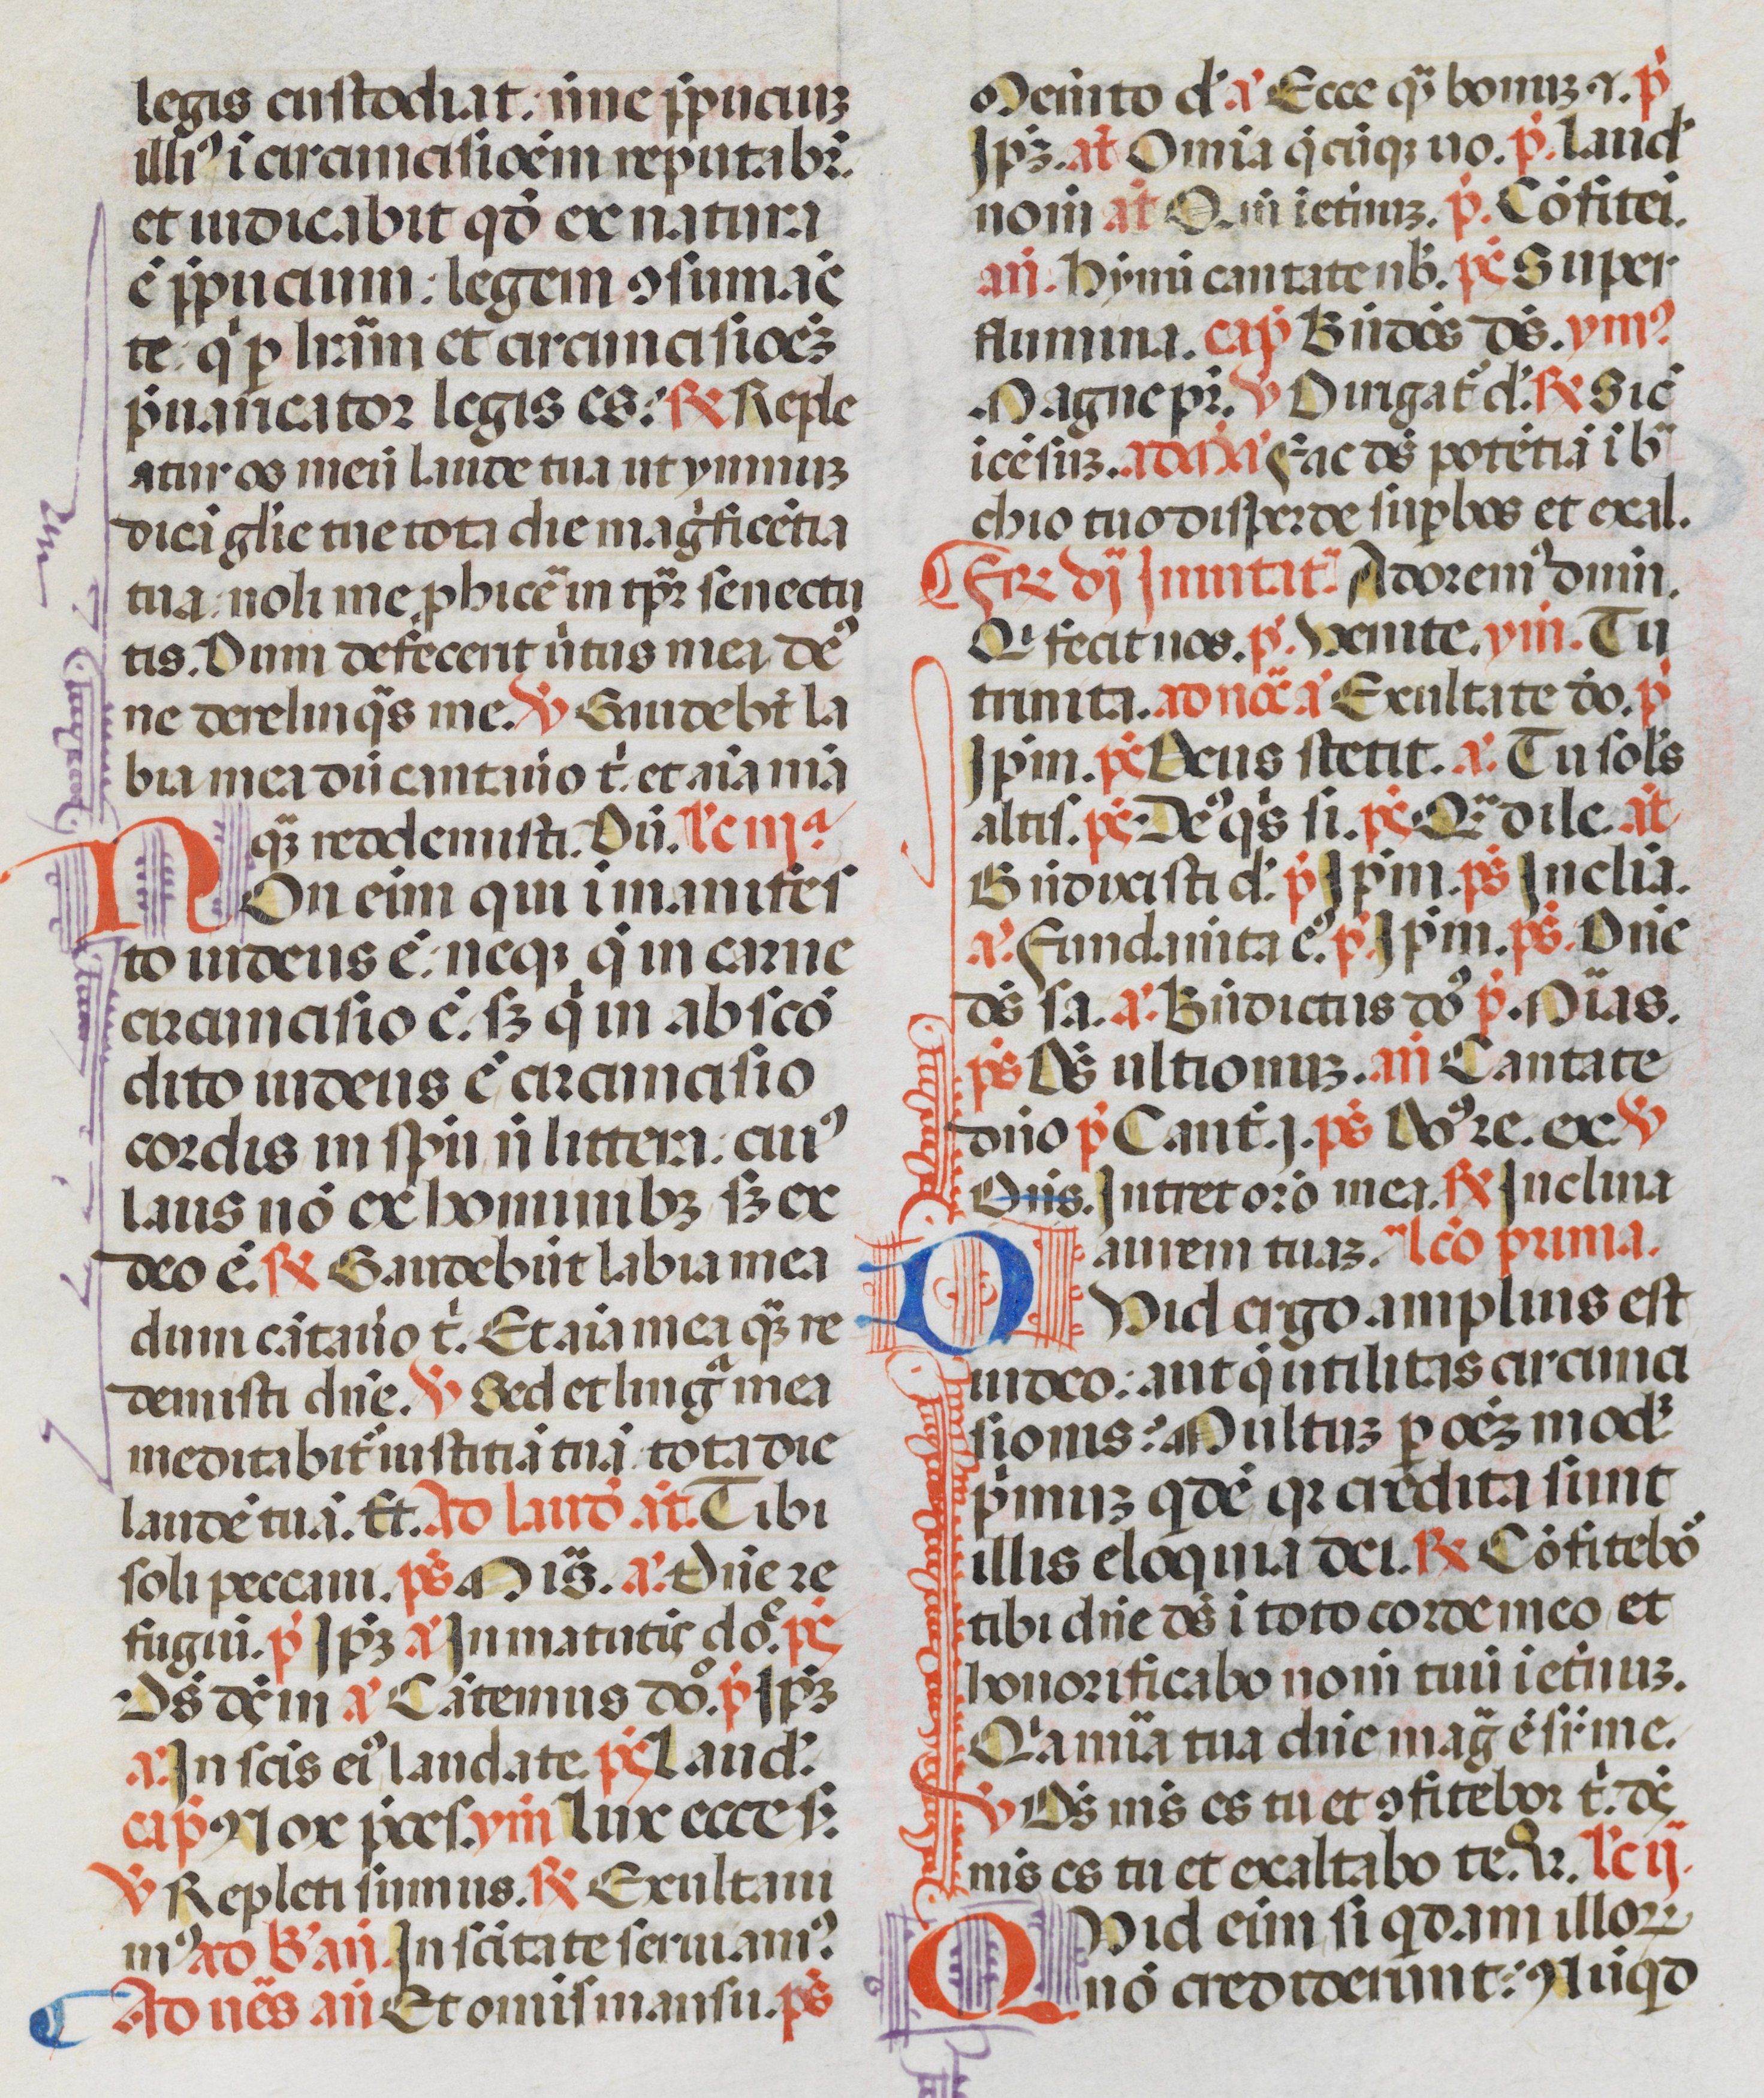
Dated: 1470–1471